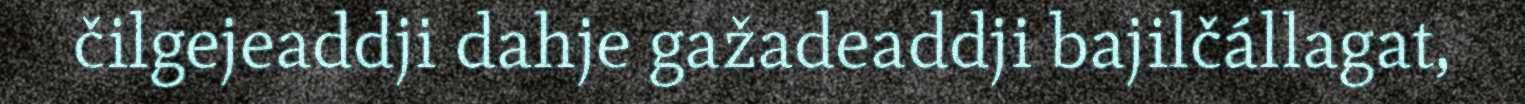
čilgejeaddji dahje gažadeaddji bajilčállagat,